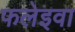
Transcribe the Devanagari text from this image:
फलेइवा